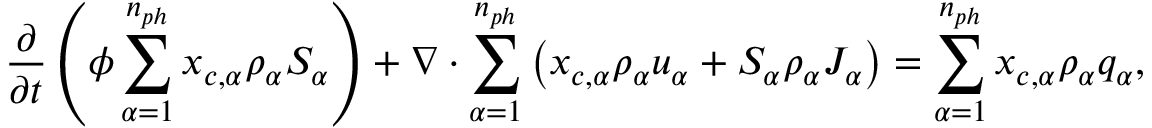
\frac { \partial } { \partial t } \left( \phi \sum _ { \alpha = 1 } ^ { n _ { p h } } { x _ { c , \alpha } \rho _ { \alpha } S _ { \alpha } } \right) + \nabla \cdot \sum _ { \alpha = 1 } ^ { n _ { p h } } \left( { x _ { c , \alpha } \rho _ { \alpha } u _ { \alpha } } + S _ { \alpha } \rho _ { \alpha } J _ { \alpha } \right) = \sum _ { \alpha = 1 } ^ { n _ { p h } } { x _ { c , \alpha } \rho _ { \alpha } q _ { \alpha } } ,